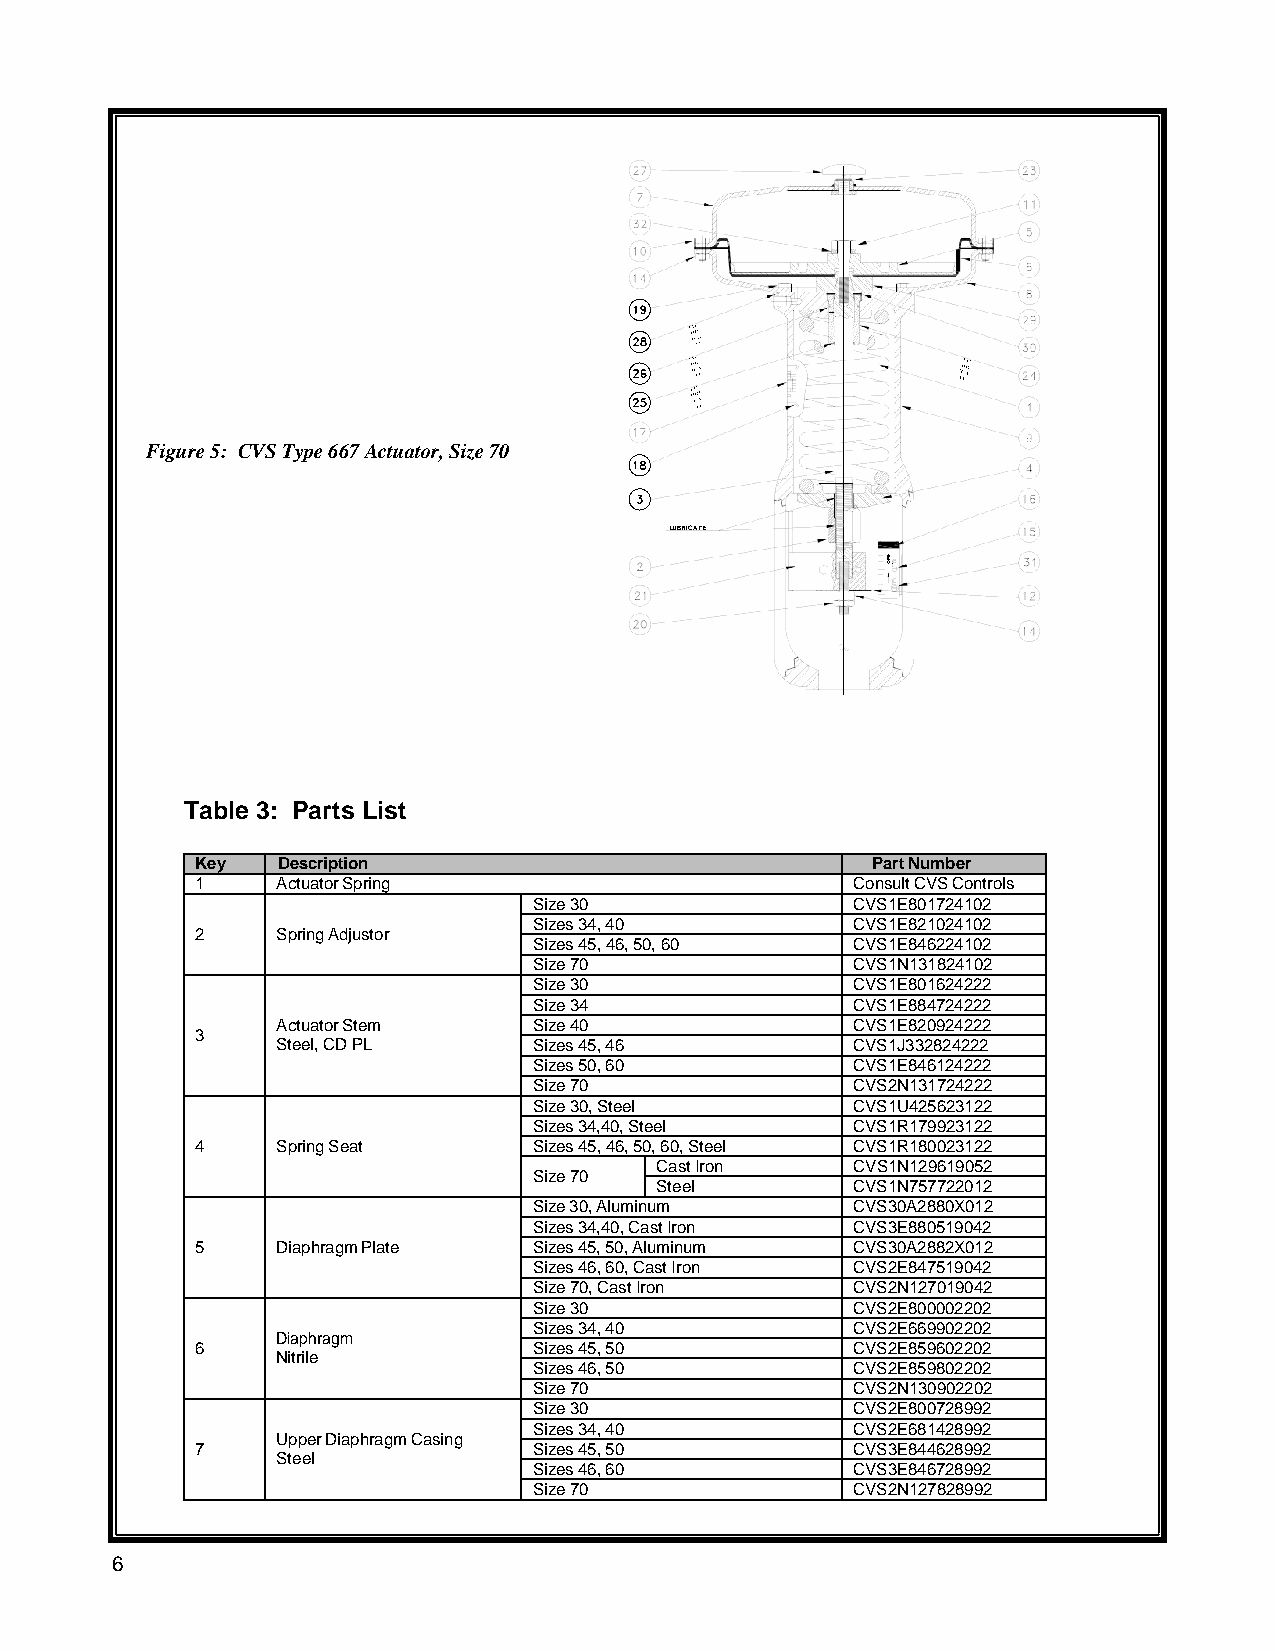
Figure 5: CVS Type 667 Actuator, Size 70
 LUBRICATE
 EPON
 Table 3: Parts List
 Key  Description                             Part Number
 1    Actuator Spring                        Consult CVS Controls
 Size 30              CVS1E801724102
 Sizes 34, 40         CVS1E821024102
 2    Spring Adjustor
 Sizes 45, 46, 50, 60 CVS1E846224102
 Size 70              CVS1N131824102
 Size 30              CVS1E801624222
 Size 34              CVS1E884724222
 Actuator Stem    Size 40              CVS1E820924222
 3
 Steel, CD PL     Sizes 45, 46         CVS1J332824222
 Sizes 50, 60         CVS1E846124222
 Size 70              CVS2N131724222
 Size 30, Steel       CVS1U425623122
 Sizes 34,40, Steel   CVS1R179923122
 4    Spring Seat      Sizes 45, 46, 50, 60, Steel CVS1R180023122
 Cast Iron     CVS1N129619052
 Size 70
 Steel        CVS1N757722012
 Size 30, Aluminum    CVS30A2880X012
 Sizes 34,40, Cast Iron CVS3E880519042
 5    Diaphragm Plate  Sizes 45, 50, Aluminum CVS30A2882X012
 Sizes 46, 60, Cast Iron CVS2E847519042
 Size 70, Cast Iron   CVS2N127019042
 Size 30              CVS2E800002202
 Sizes 34, 40         CVS2E669902202
 Diaphragm
 6                     Sizes 45, 50         CVS2E859602202
 Nitrile
 Sizes 46, 50         CVS2E859802202
 Size 70              CVS2N130902202
 Size 30              CVS2E800728992
 Sizes 34, 40         CVS2E681428992
 Upper Diaphragm Casing
 7                     Sizes 45, 50         CVS3E844628992
 Steel
 Sizes 46, 60         CVS3E846728992
 Size 70              CVS2N127828992
 6